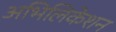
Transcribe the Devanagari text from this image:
अभिलिकेशन